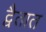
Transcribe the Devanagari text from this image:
द्वैतात